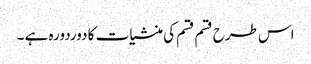
اس طرح قسم قسم کی منشیات کا دوردورہ ہے ۔